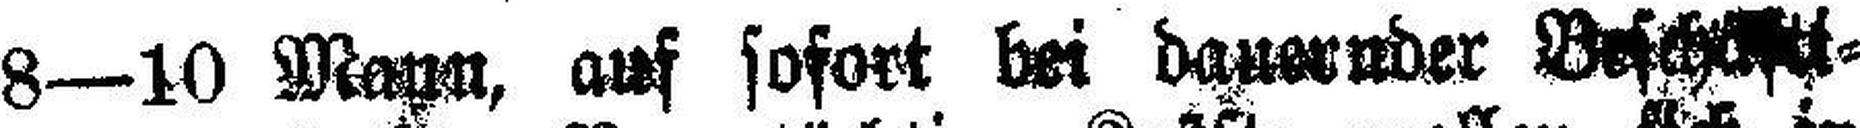
8—10 Mann, auf sofort bei daueruder Besch###¬